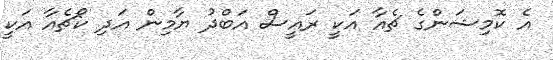
އެ ކޮމިޝަންގެ ޗެއާ އަކީ ރައީސް އަބްދު ޔާމިން އަދި ކޯޗެއާ އަކީ